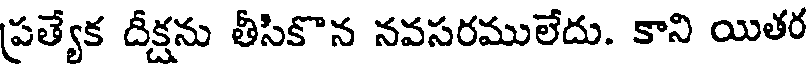
ప్రత్యేక దీక్షను తీసికొన నవసరములేదు. కాని యితర